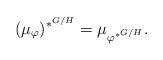
LaTeX: \begin{align*}(\mu_\varphi)^{\ast^{G/H}}=\mu_{\varphi^{\ast^{G/H}}}.\end{align*}